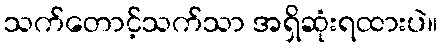
သက်တောင့်သက်သာ အရှိဆုံးရထားပဲ။